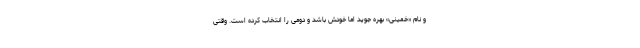
و نام «خمینی» بهره جوید اما خودش باشد و دومی را انتخاب کرده است. وقتی